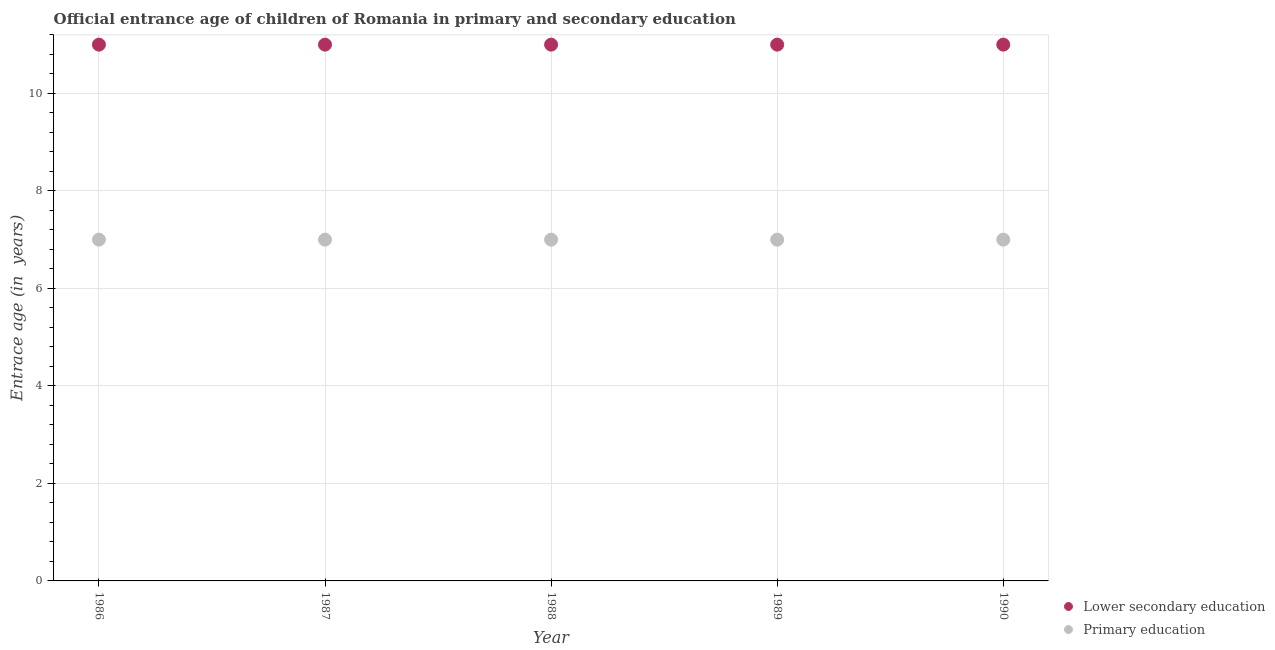
| Year | Lower secondary education | Primary education |
 | --- | --- | --- |
 | 1986 | 11 | 7 |
 | 1987 | 11 | 7 |
 | 1988 | 11 | 7 |
 | 1989 | 11 | 7 |
 | 1990 | 11 | 7 |